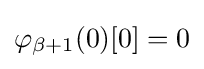
\varphi _{\beta +1}(0)[0]=0